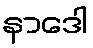
နာဒေါ